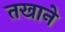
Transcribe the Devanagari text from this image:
तखाने